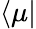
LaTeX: \langle\mu\vert